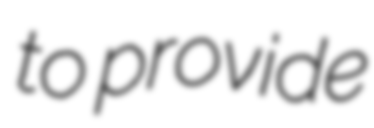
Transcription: to provide